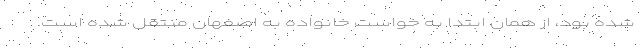
شده بود، از همان ابتدا به خواست خانواده به اصفهان منتقل شده است.